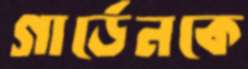
গার্ডেনকে